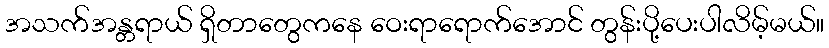
အသက်အန္တရာယ် ရှိတာတွေကနေ ဝေးရာရောက်အောင် တွန်းပို့ပေးပါလိမ့်မယ်။